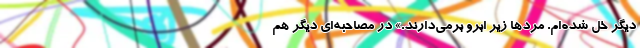
دیگر خل شده‌ام. مرد‌ها زیر ابرو برمی‌دارند.» در مصاحبه‌ای دیگر هم